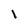
Character: 1